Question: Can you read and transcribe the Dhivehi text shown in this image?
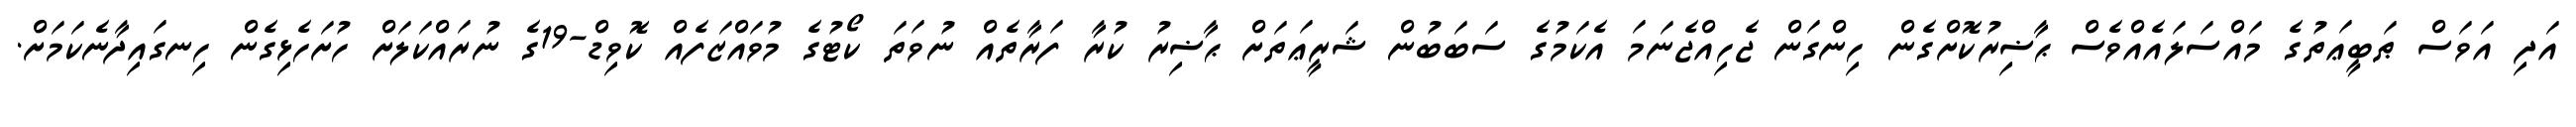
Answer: އަދި އަވަސް ޠަބީޢަތުގެ މައްސަލައެއްވެސް ޙާޟިރުކޮށްގެން ހިންގަން ޖެހިއްޖެނަމަ އެކަމުގެ ސަބަބުން ޝަރީޢަތަށް ޙާޟިރު ކުރާ ފަރާތެއް ނުވަތަ ކޯޓުގެ މުވައްޒަފެއް ކޮވިޑް-19ގެ ނުރައްކަލަށް ހުށަހެޅިގެން ހިނގައިދާނެކަމަށް.